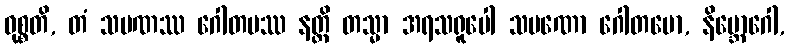
ဝုစ္စတိ, တံ သမဏဿ ဂေါတမဿ နတ္ထိ တသ္မာ အရသရူပေါ သမဏော ဂေါတမော, နိဗ္ဘောဂေါ,